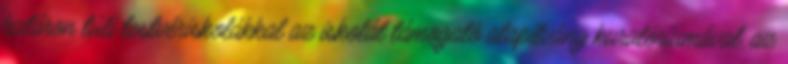
határon túli testvériskolákkal az iskolát támogató alapítvány kuratóriumával, az